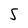
Character: S